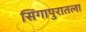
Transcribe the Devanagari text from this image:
सिंगापुरातला